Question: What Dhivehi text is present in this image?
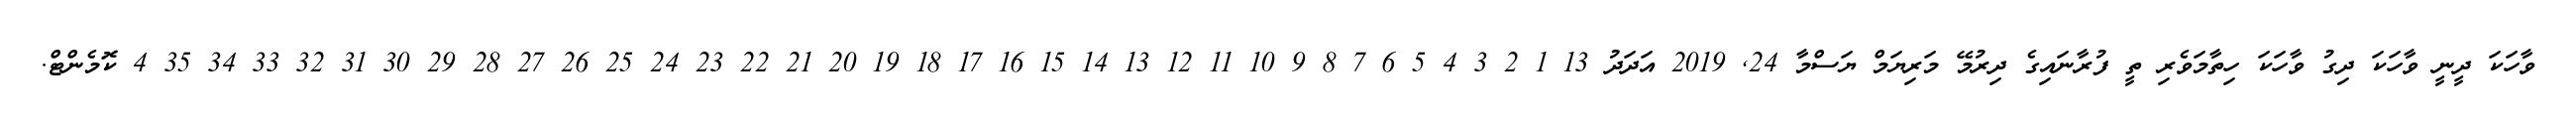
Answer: ވާހަކަ ދީނީ ވާހަކަ ދިގު ވާހަކަ ހިތާމަވެރި ތީ ފުރާނައިގެ ދިރުމޭ މަރިޔަމް ޔަސްމާ 24, 2019 އަދަދު 13 1 2 3 4 5 6 7 8 9 10 11 12 13 14 15 16 17 18 19 20 21 22 23 24 25 26 27 28 29 30 31 32 33 34 35 4 ކޮމެންޓް.